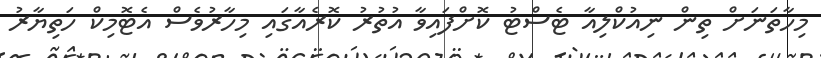
މިހާތަނަށް ތިން ނިއުކްލިއާ ޓެސްޓު ކޮށްފައިވާ އުތުރު ކޮރެއާގައި މިހާރުވެސް އެޓޮމިކް ހަތިޔާރު